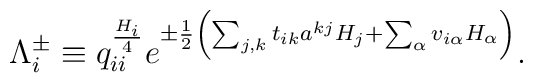
\Lambda _i^{\pm} \equiv q_{ii}^{  H_i\over 4} e^{\pm  { 1\over 2}  \left( \sum_{j, k } t_{ik}  a^{kj} H_j  +  \sum_{\alpha}  v_{i \alpha}    H_{\alpha} \right)}.